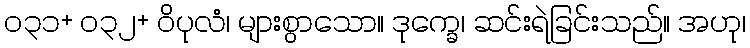
၀၃၁+ ၀၃၂+ ဝိပုလံ၊ များစွာသော။ ဒုက္ခေ၊ ဆင်းရဲခြင်းသည်။ အဟု၊